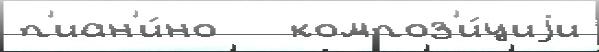
п'иан'и́но   композ'и́циjи